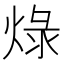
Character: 𤊒